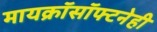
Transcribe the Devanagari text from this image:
मायक्रॉसॉफ्टनेही